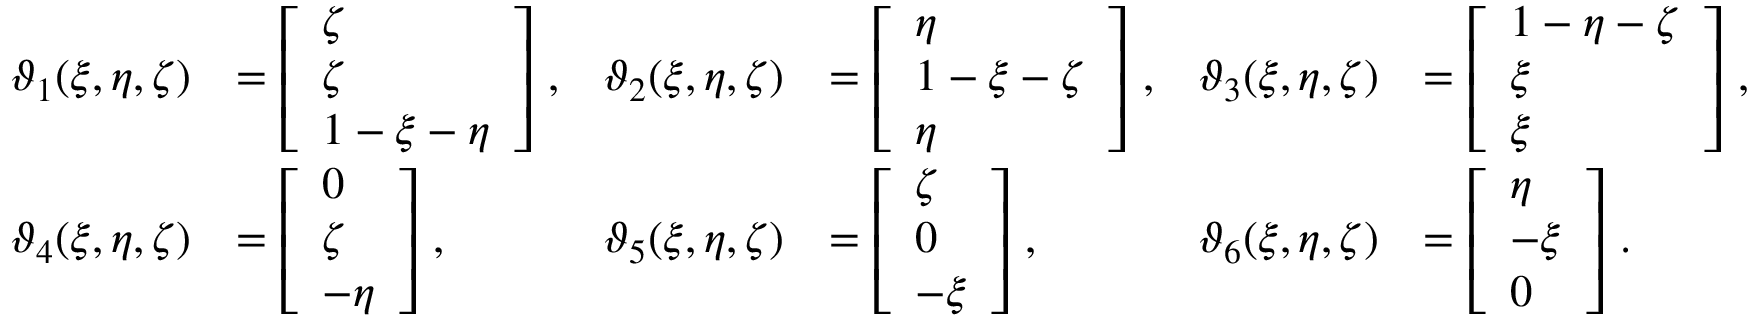
\begin{array} { r l r l r l } { \boldsymbol { \vartheta } _ { 1 } ( \xi , \eta , \zeta ) } & { = \left[ \begin{array} { l } { \zeta } \\ { \zeta } \\ { 1 - \xi - \eta } \end{array} \right] \, , } & { \boldsymbol { \vartheta } _ { 2 } ( \xi , \eta , \zeta ) } & { = \left[ \begin{array} { l } { \eta } \\ { 1 - \xi - \zeta } \\ { \eta } \end{array} \right] \, , } & { \boldsymbol { \vartheta } _ { 3 } ( \xi , \eta , \zeta ) } & { = \left[ \begin{array} { l } { 1 - \eta - \zeta } \\ { \xi } \\ { \xi } \end{array} \right] \, , } \\ { \boldsymbol { \vartheta } _ { 4 } ( \xi , \eta , \zeta ) } & { = \left[ \begin{array} { l } { 0 } \\ { \zeta } \\ { - \eta } \end{array} \right] \, , } & { \boldsymbol { \vartheta } _ { 5 } ( \xi , \eta , \zeta ) } & { = \left[ \begin{array} { l } { \zeta } \\ { 0 } \\ { - \xi } \end{array} \right] \, , } & { \boldsymbol { \vartheta } _ { 6 } ( \xi , \eta , \zeta ) } & { = \left[ \begin{array} { l } { \eta } \\ { - \xi } \\ { 0 } \end{array} \right] \, . } \end{array}